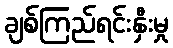
ချစ်ကြည်ရင်းနှီးမှု